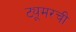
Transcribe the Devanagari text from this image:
ट्यूमरची